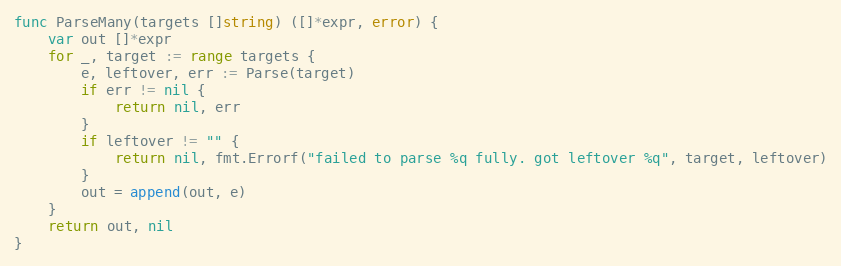
Language: Go
func ParseMany(targets []string) ([]*expr, error) {
	var out []*expr
	for _, target := range targets {
		e, leftover, err := Parse(target)
		if err != nil {
			return nil, err
		}
		if leftover != "" {
			return nil, fmt.Errorf("failed to parse %q fully. got leftover %q", target, leftover)
		}
		out = append(out, e)
	}
	return out, nil
}